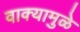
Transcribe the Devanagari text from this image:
वाक्यामुळे